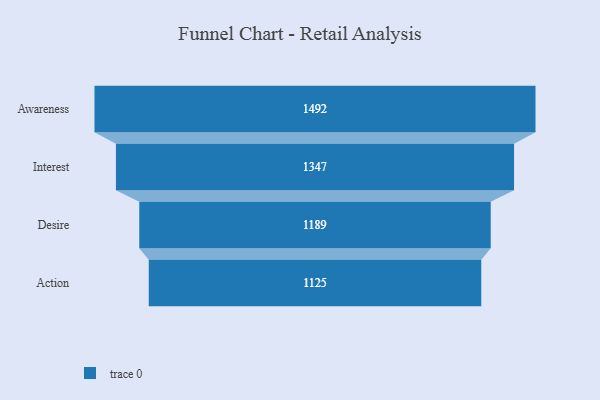
{"axis": {"x": "Stage", "y": "Value"}, "legend": [""], "data": [{"x": "Awareness", "y": 1492.0, "type": ""}, {"x": "Interest", "y": 1347.0, "type": ""}, {"x": "Desire", "y": 1189.0, "type": ""}, {"x": "Action", "y": 1125.0, "type": ""}]}